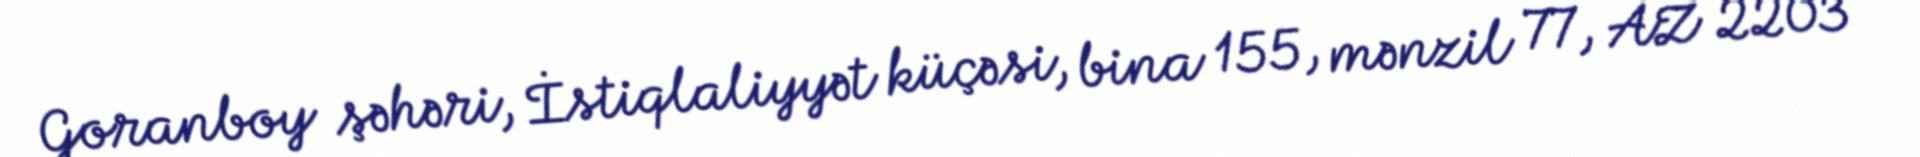
Goranboy şəhəri, İstiqlaliyyət küçəsi, bina 155, mənzil 77, AZ 2203